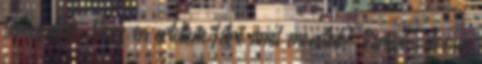
tamogatjak. Vagy en ertettem felre amit mondtal? Persze valoban